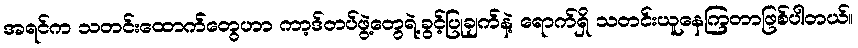
အရင်က သတင်းထောက်တွေဟာ ကာ့ဒ်တပ်ဖွဲ့တွေရဲ့ခွင့်ပြုချက်နဲ့ ရောက်ရှိ သတင်းယူနေကြတာဖြစ်ပါတယ်။